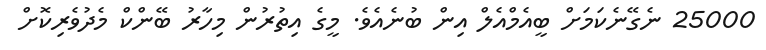
25000 ނެގޭނެކަމަށް ބީއެމްއެލް އިން ބުނެއެވެ. މީގެ އިތުރުން މިހާރު ބޭންކް މެދުވެރިކޮށް